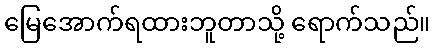
မြေအောက်ရထားဘူတာသို့ ရောက်သည်။